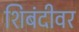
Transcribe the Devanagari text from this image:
शिबंदीवर